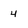
Character: 4